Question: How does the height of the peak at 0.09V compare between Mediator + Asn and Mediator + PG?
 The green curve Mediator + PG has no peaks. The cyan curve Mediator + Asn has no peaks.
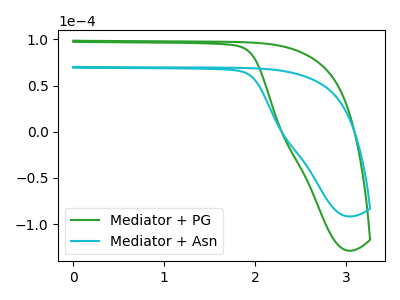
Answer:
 <answer>"Mediator + Asn" and "Mediator + PG" dont share a peak at 0.09V.</answer>
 <eval>mismatch</eval>